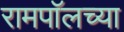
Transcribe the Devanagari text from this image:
रामपॉलच्या